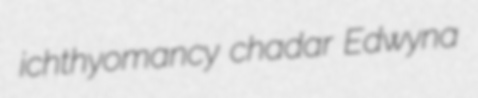
ichthyomancy chadar Edwyna